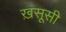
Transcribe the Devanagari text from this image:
ख़सूसी